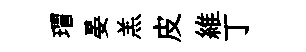
瑁晏羔皮維丁